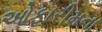
ઓફારીમના